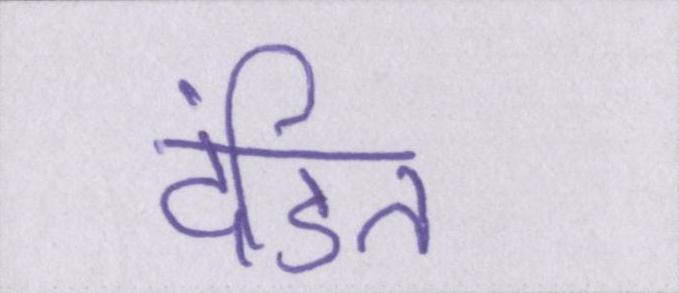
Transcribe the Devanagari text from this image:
दंडित